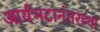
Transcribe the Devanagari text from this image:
आर्यभटानंतरच्या